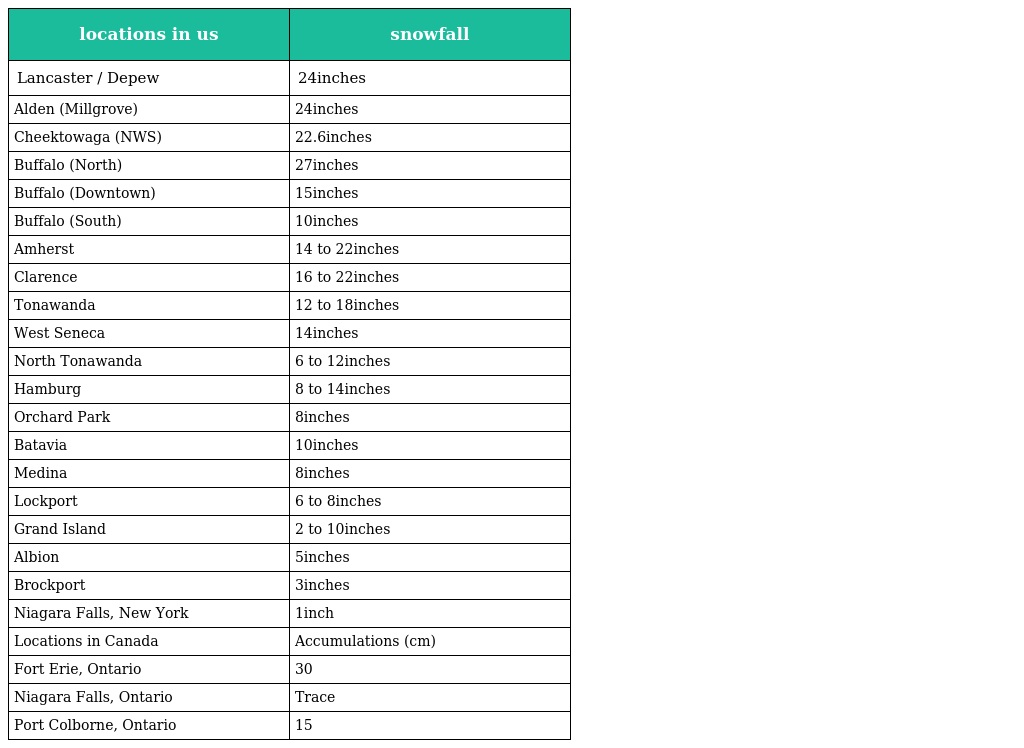
| locations in us | snowfall |
 | --- | --- |
 | Lancaster / Depew | 24inches |
 | Alden (Millgrove) | 24inches |
 | Cheektowaga (NWS) | 22.6inches |
 | Buffalo (North) | 27inches |
 | Buffalo (Downtown) | 15inches |
 | Buffalo (South) | 10inches |
 | Amherst | 14 to 22inches |
 | Clarence | 16 to 22inches |
 | Tonawanda | 12 to 18inches |
 | West Seneca | 14inches |
 | North Tonawanda | 6 to 12inches |
 | Hamburg | 8 to 14inches |
 | Orchard Park | 8inches |
 | Batavia | 10inches |
 | Medina | 8inches |
 | Lockport | 6 to 8inches |
 | Grand Island | 2 to 10inches |
 | Albion | 5inches |
 | Brockport | 3inches |
 | Niagara Falls, New York | 1inch |
 | Locations in Canada | Accumulations (cm) |
 | Fort Erie, Ontario | 30 |
 | Niagara Falls, Ontario | Trace |
 | Port Colborne, Ontario | 15 |